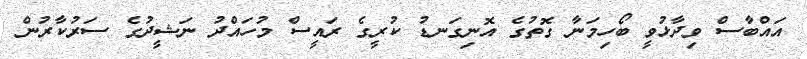
އައްބާސް ވިދާޅުވީ ބޯހިމަނާ ގޮތުގެ އޮނިގަނޑު ކުރީގެ ރައީސް މުހައްދު ނަޝީދުގެ ސަރުކާރުން